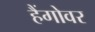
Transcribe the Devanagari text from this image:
हैंगोवर